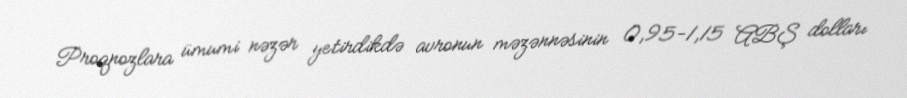
Proqnozlara ümumi nəzər yetirdikdə avronun məzənnəsinin 0,95-1,15 ABŞ dolları